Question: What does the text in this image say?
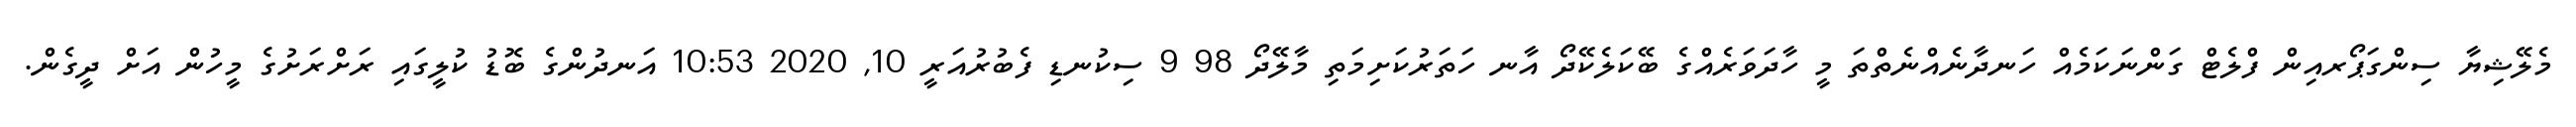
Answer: މެލޭޝިޔާ ސިންގަޕޯރއިން ފްލެޓް ގަންނަކަމެއް ހަނދާނެއްނެތްތަ މީ ހާދަވަރެއްގެ ބޭކަލެކޭދޯ އާނ ހަތަރުކަށިމަތި މާލޭދޯ 98 9 ސިކުނޑި ފެބުރުއަރީ 10, 2020 10:53 އަނދުންގެ ބޮޑު ކުލީގައި ރަށްރަށުގެ މީހުން އަށް ދީގެން.